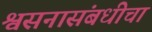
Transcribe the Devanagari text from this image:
श्वसनासंबधीचा